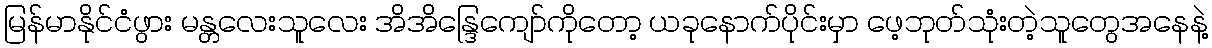
မြန်မာနိုင်ငံဖွား မန္တလေးသူလေး အိအိန္ဒြေကျော်ကိုတော့ ယခုနောက်ပိုင်းမှာ ဖေ့ဘုတ်သုံးတဲ့သူတွေအနေနဲ့